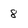
Character: 8